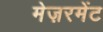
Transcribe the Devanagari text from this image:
मेज़रमेंट